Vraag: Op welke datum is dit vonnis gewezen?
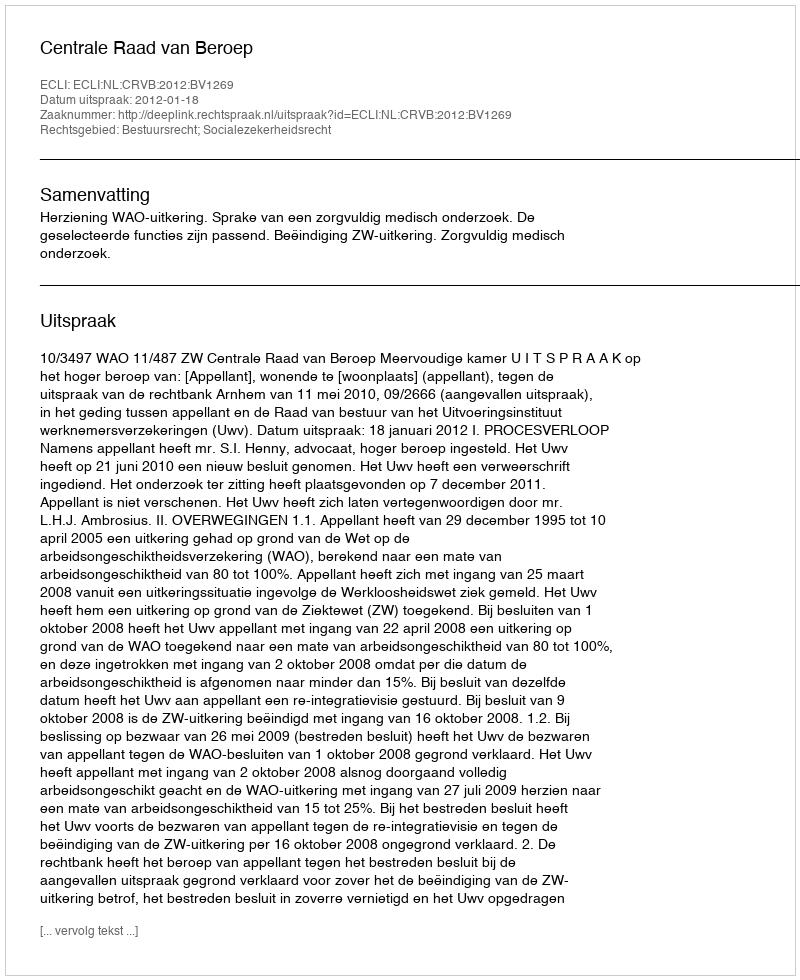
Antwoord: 2012-01-18